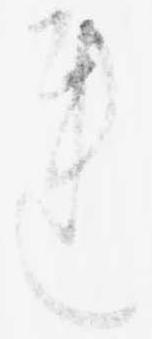
れ